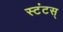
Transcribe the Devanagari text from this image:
स्टंटस्